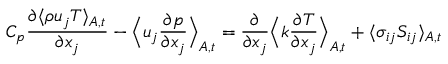
C _ { p } \frac { \partial \langle \rho u _ { j } T \rangle _ { A , t } } { \partial x _ { j } } - \Big \langle u _ { j } \frac { \partial p } { \partial x _ { j } } \Big \rangle _ { A , t } = \frac { \partial } { \partial x _ { j } } \Big \langle k \frac { \partial T } { \partial x _ { j } } \Big \rangle _ { A , t } + \langle \sigma _ { i j } S _ { i j } \rangle _ { A , t }